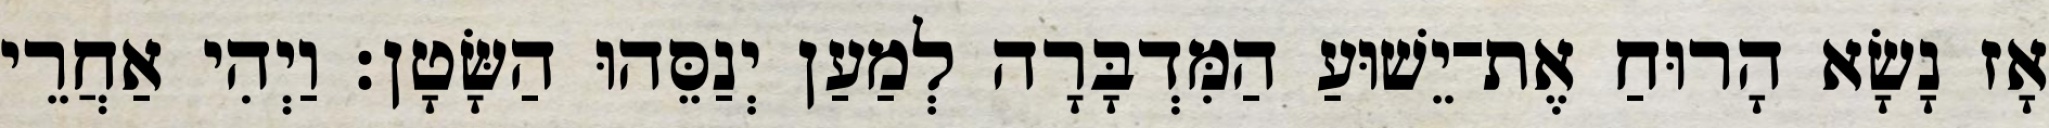
אָז נָשָׂא הָרוּחַ אֶת־יֵשׁוּעַ הַמִּדְבָּרָה לְמַעַן יְנַסֵּהוּ הַשָּׂטָן׃ וַיְהִי אַחֲרֵי